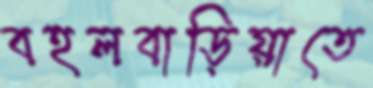
বহলবাড়িয়াতে